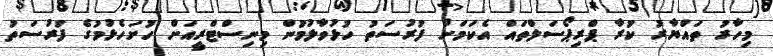
މިހާރު ތައްޔާރު ކުރާ ޕްރިޕޯސަލްތައް އެކަމަށް ފުރުސަތު ހުޅުވާލުމުން މިނިސްޓްރީއަށް ހުށަހެޅުމުގެ ފުރުސަތު